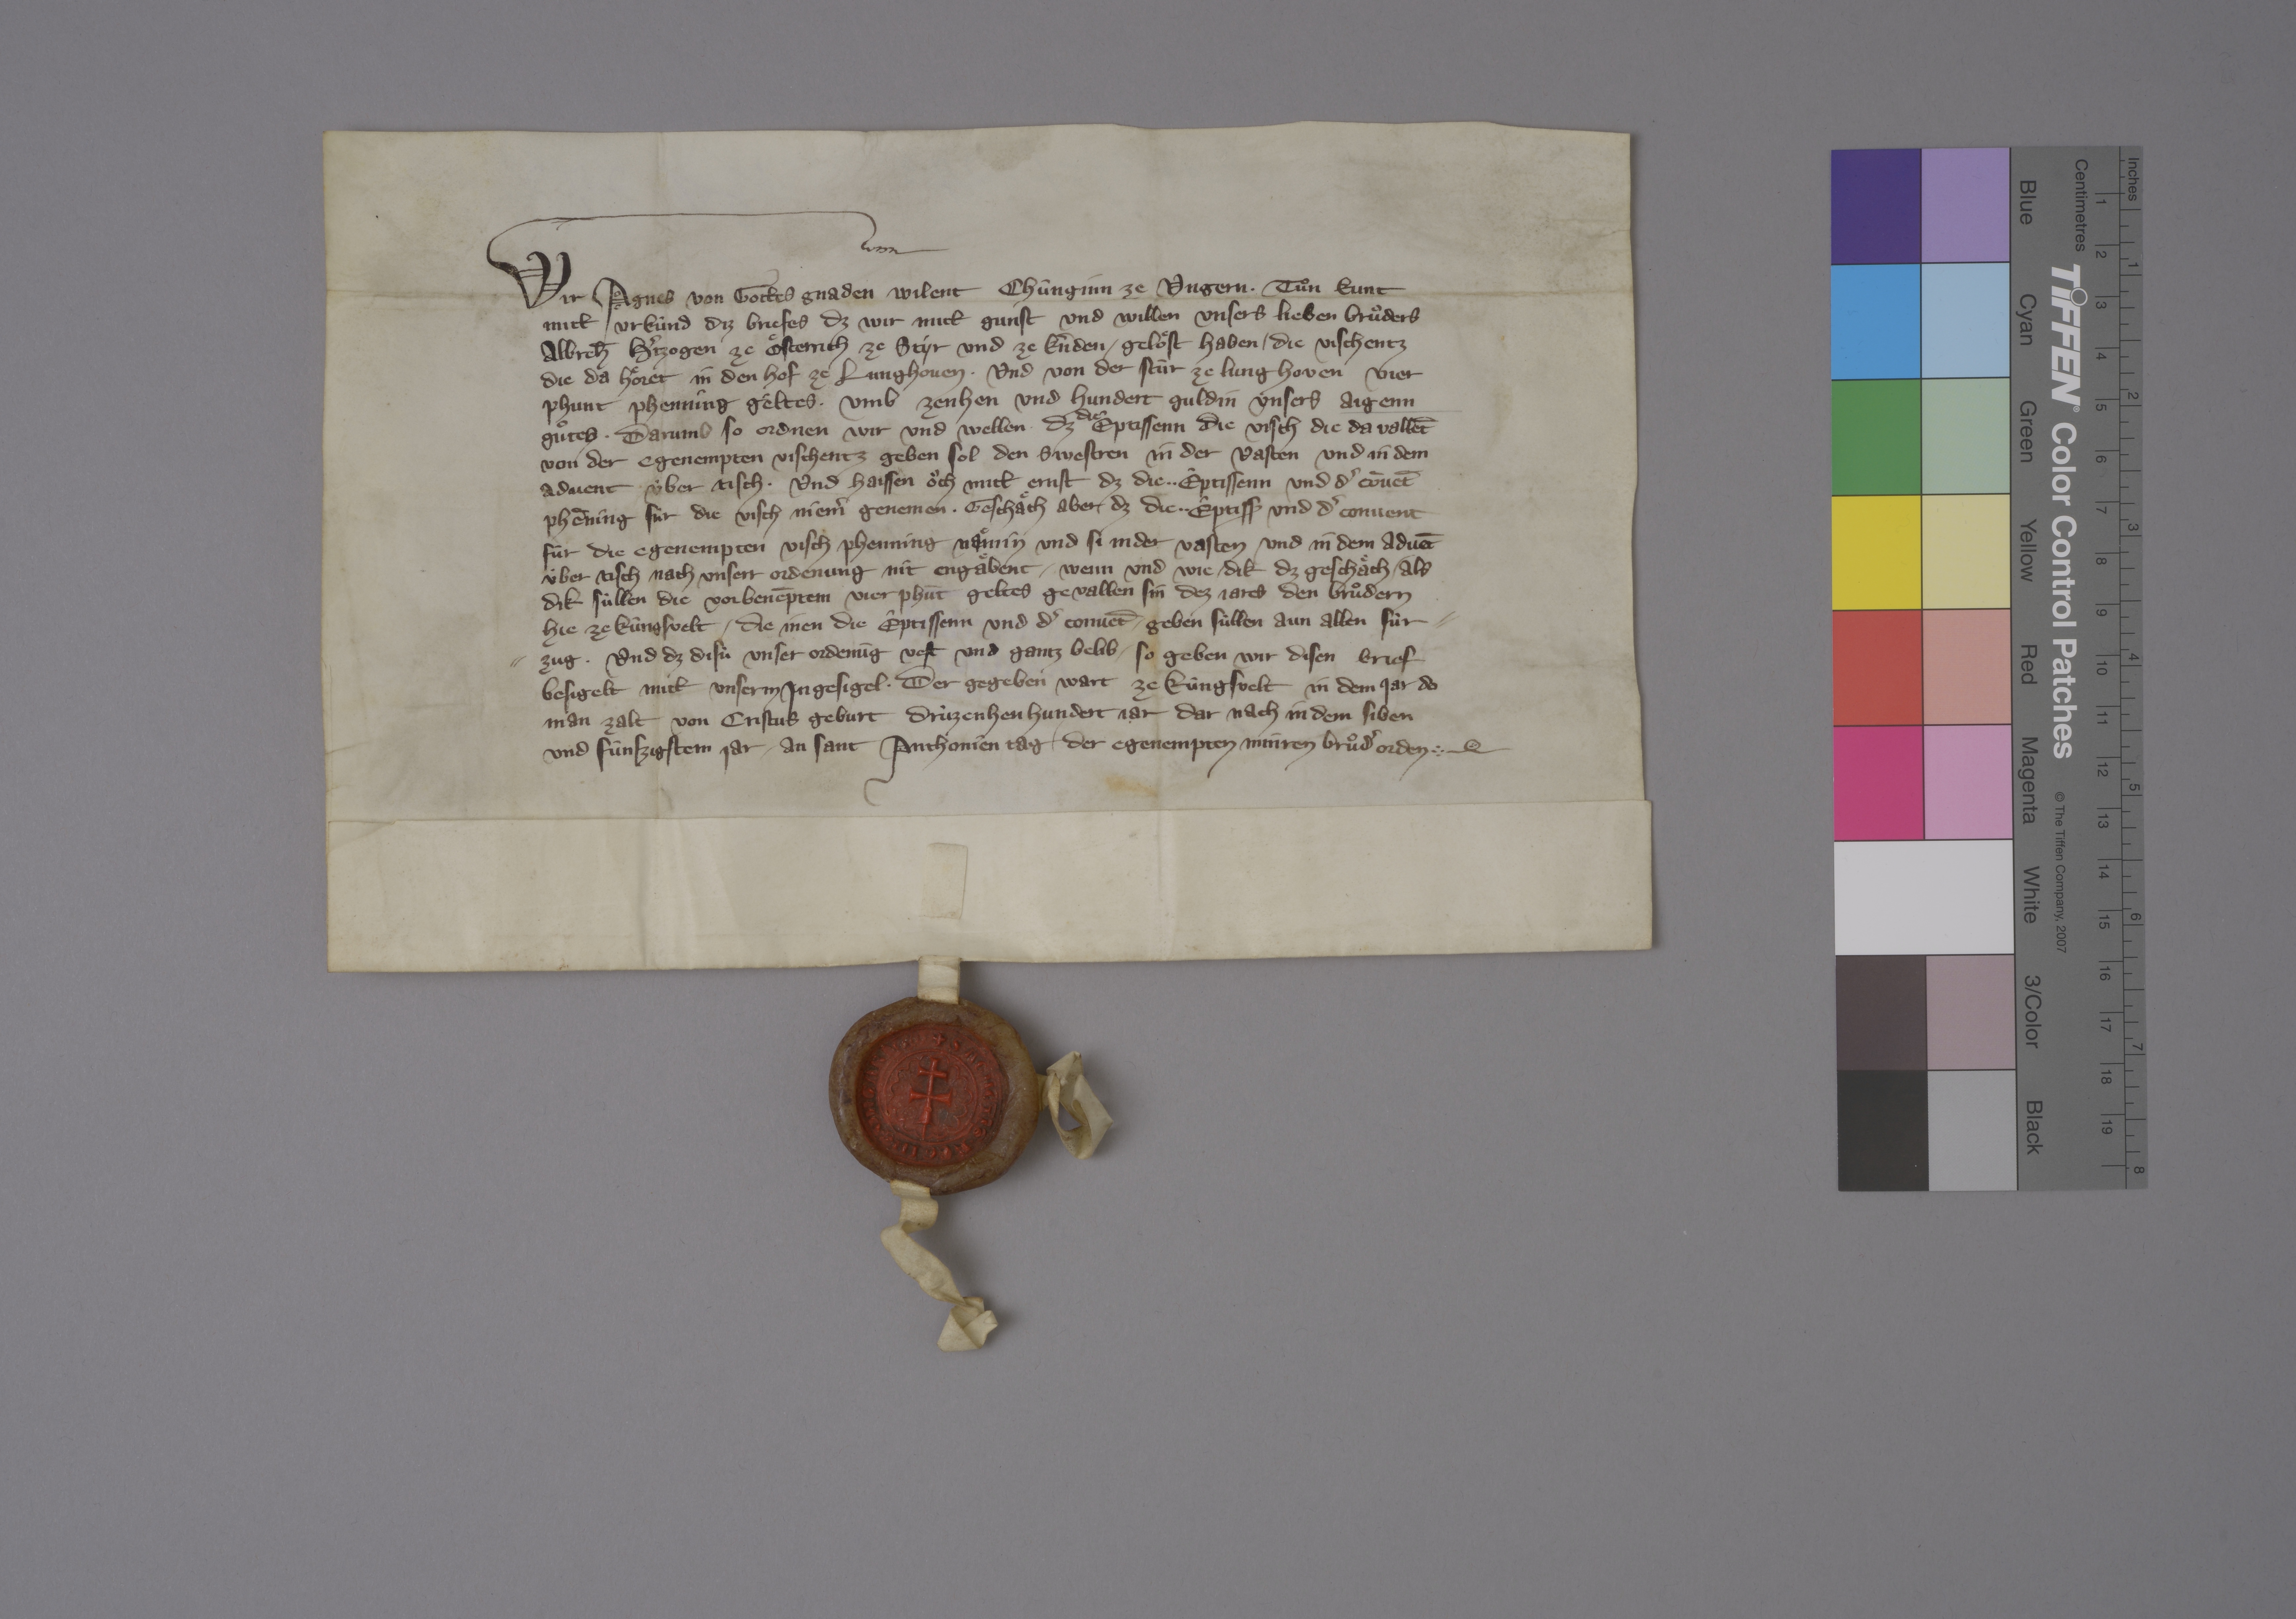
Transcription:
Wir, Agnes, von gottes gnaden wilent chûnginn ze Ungern, ✳ tuͦn kunt
mitt urkûnd diz briefes, dz wir mitt gunst und willen unsers lieben bruͦders
Albreh̄, hˀtzogen ze Oͤsterrich, ze Styr und ze Kˀnden, ✳ geloͤst haben ✳ die vischentz,
die da hoͤret in den hof ze Lunghoven, ✳ und von der stûr ze Lunghoven vier
phunt phenning gèltes, ✳ umb zenhen und hundert guldin unsers aigenn
guͦtes. ✳ darumb, so ordnen wir und wellen, ✳ dz
die
eptissenn die visch, die da vallēt
von der egenempten vischentz, geben sol den swestren in der vasten und in dem
advent ùber tisch, ✳ und haissen oͧch mitt ernst, dz die ✳ ✳ èptissenn und dˀ cōvēt
phēning fùr die visch niemˀ genemen. ✳ geschaͤch aber, dz die ✳ ✳ èptiss₎ und dˀ convent
fùr die egenempten visch phenning naͤmin und si in der vasten und in dem advēt
ùber tisch nach unserr ordenung nit engaͤbent, ✳ wenn und wie dik dz geschaͤch, ✳ als
dik sùllen die vorbenēptem vier phūt geltes gevallen sin dez jares den bruͦdern
hie ze Kûngsvelt, ✳ die inen die êptissenn und dˀ convēt ✳ geben sùllen aun allen fùr¬
zug. ✳ und dz disù unser ordenūg vest und gantz belib, ✳ so geben wir disen brief,
besigelt mitt unserm ingesigel, ✳ der gegeben wart ze Kûngsvelt in dem jar, do
man zalt von Cristus geburt drùzenhenhundert jar, dar nach in dem siben
und fûnfzigstem jar, ✳ an sant Anthonien tag ✳ der egenempten Minren Bruͦdˀ orden. ✳